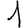
Digit: 1